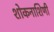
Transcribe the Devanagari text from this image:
शोकनाशिणी